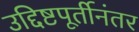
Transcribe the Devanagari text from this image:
उद्दिष्टपूर्तीनंतर